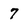
Character: 7